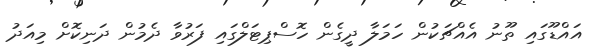
އައްޑޫގައި ތޫނު އެއްޗަކުން ހަމަލާ ދީގެން ހޮސްޕިޓަލްގައި ފަރުވާ ދެމުން ދަނިކޮށް މިއަދު